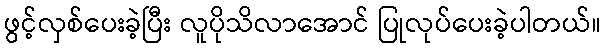
ဖွင့်လှစ်ပေးခဲ့ပြီး လူပိုသိလာအောင် ပြုလုပ်ပေးခဲ့ပါတယ်။